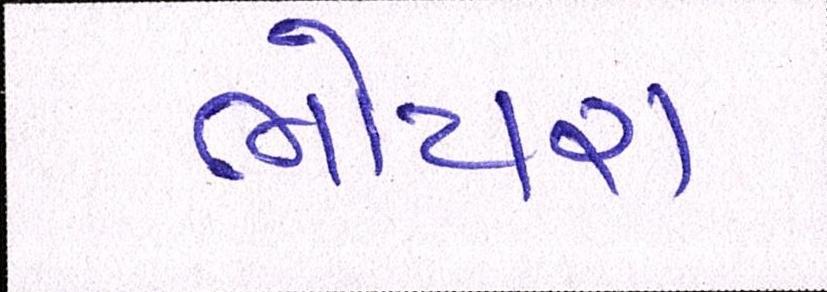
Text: ભોયરા